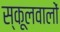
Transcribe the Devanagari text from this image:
स्कूलवालों